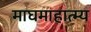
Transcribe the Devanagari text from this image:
माघमाहात्म्य